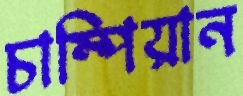
চাম্পিয়ান